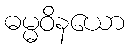
ဓမ္မဝိနယော